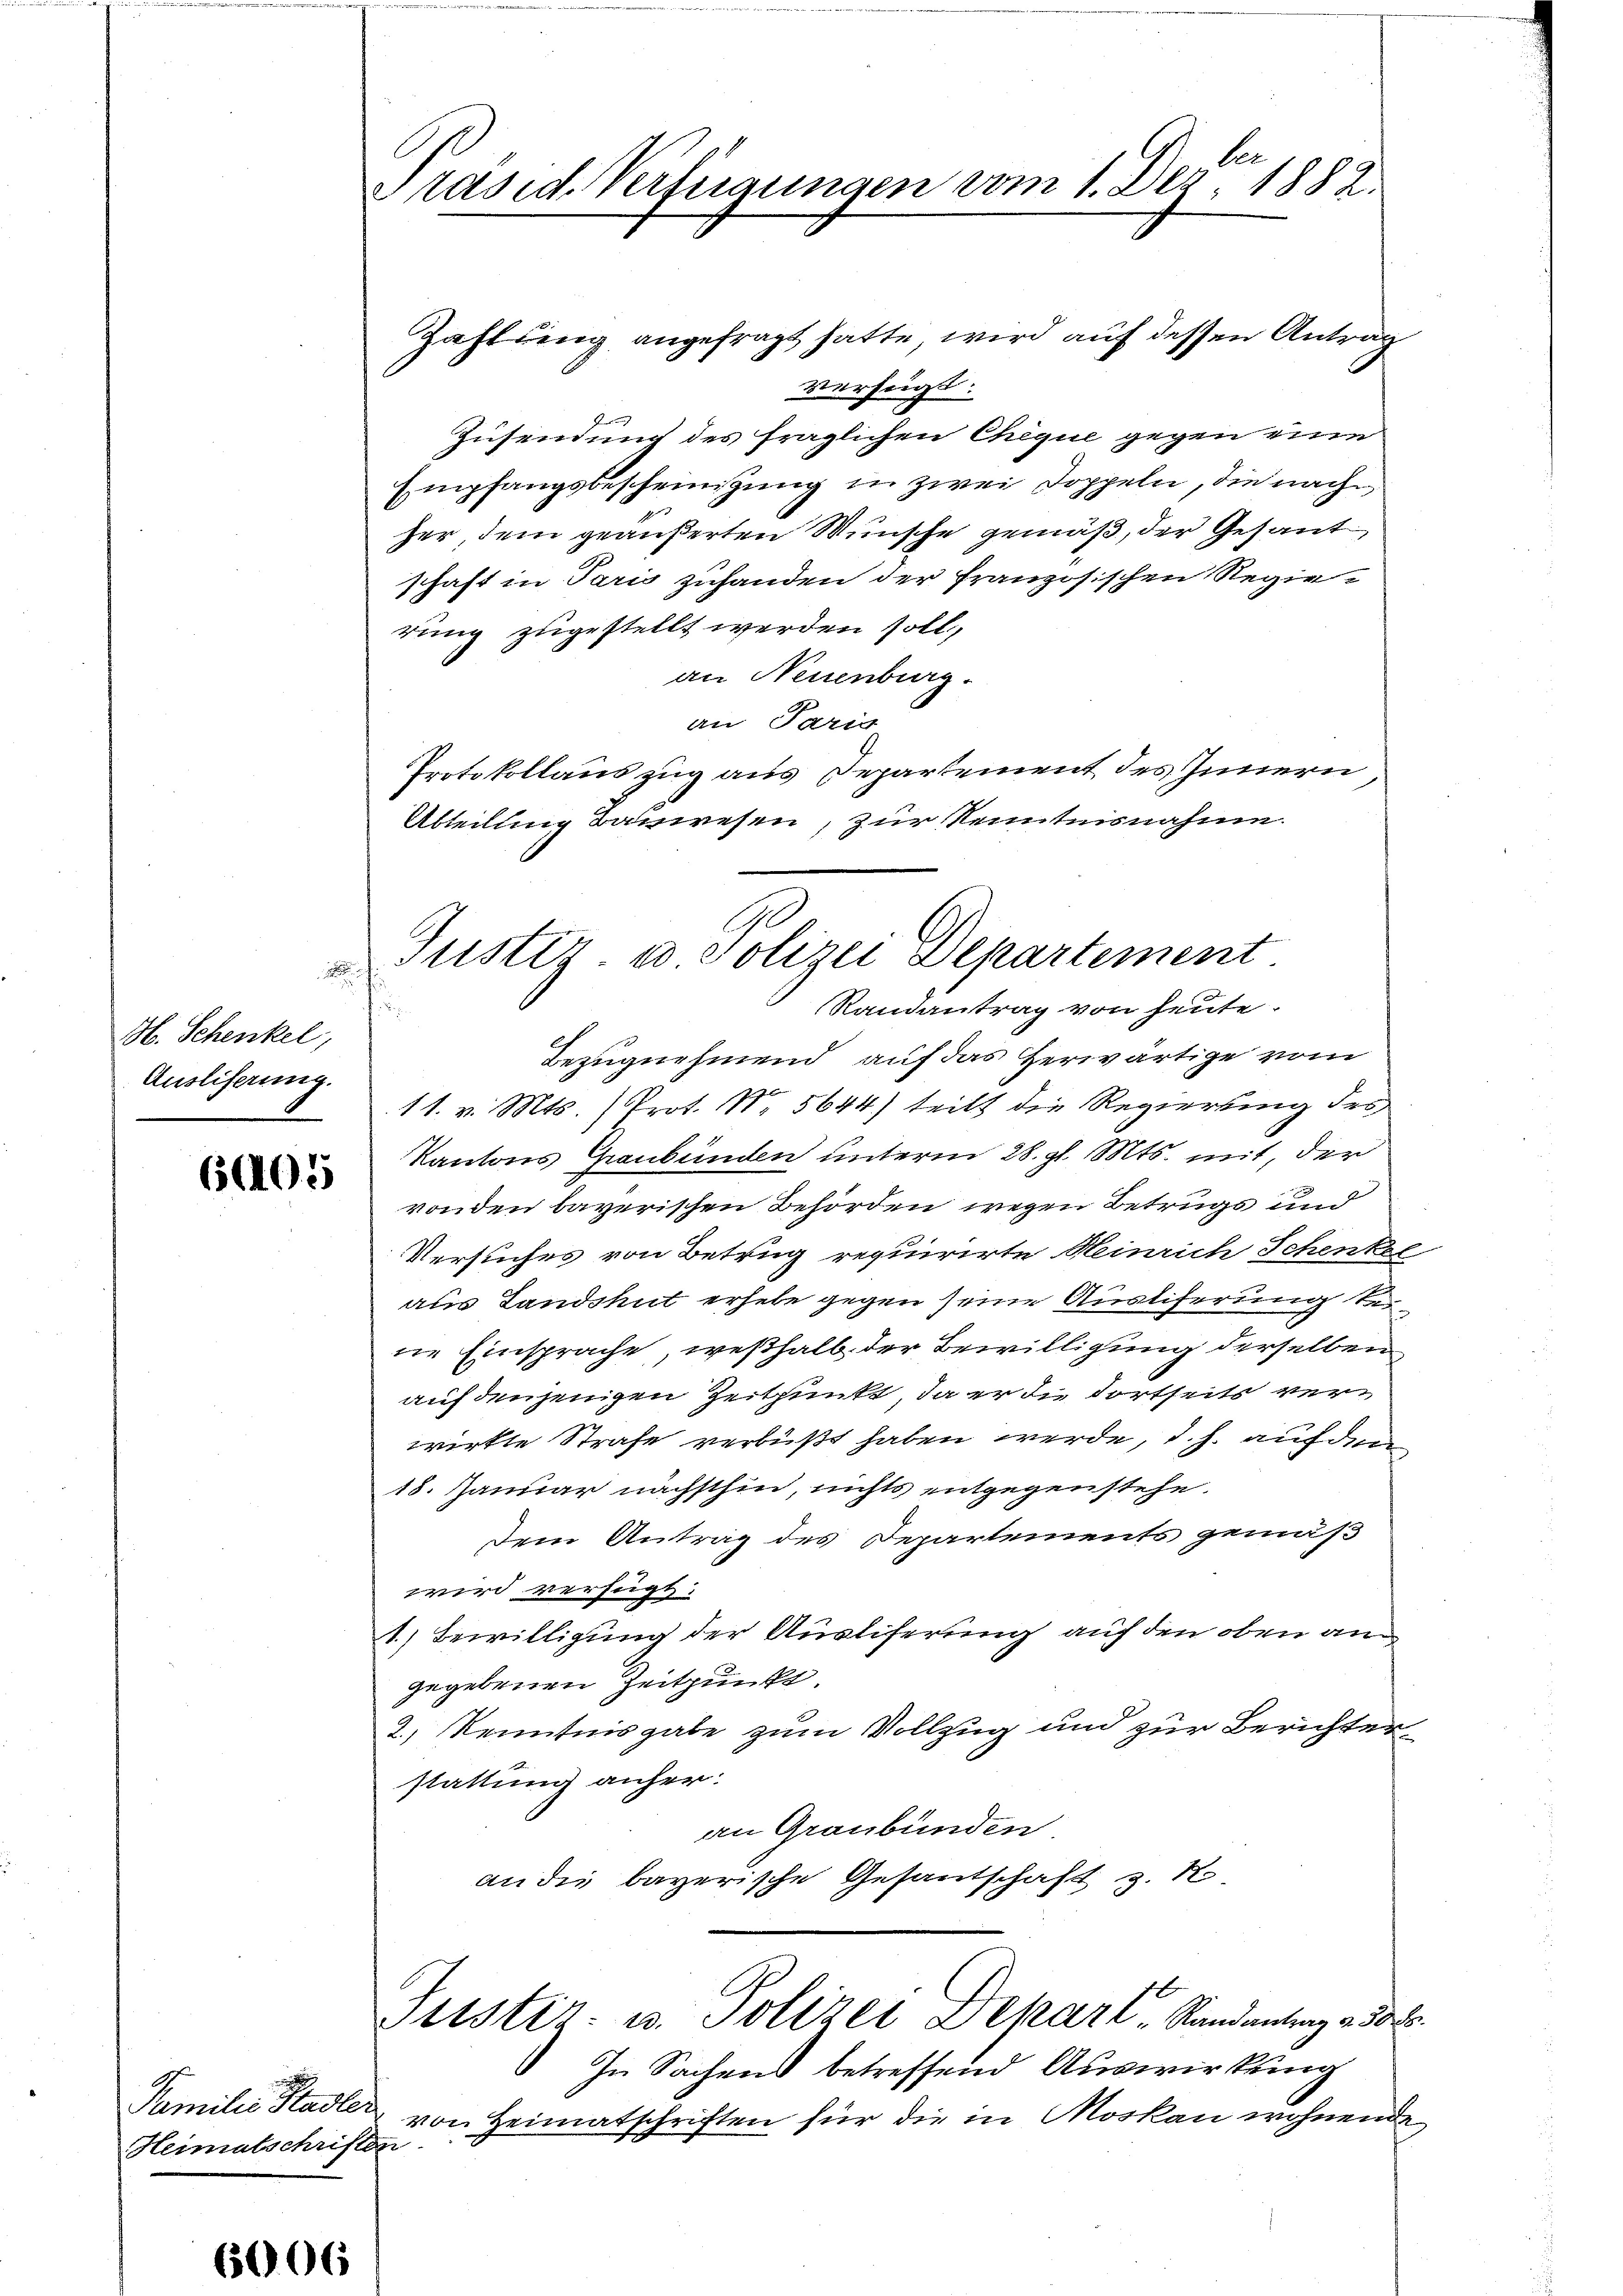
H. Schenkel,
Ausliferung.

6402

Familie Stadler
Heimatschriften

1006

lie
Präsid. Verfügungen vom 1. Dez. 1882.

Zahlung angefragt hatte, wird auf dessen Antrag
verfügt:
Zusendung des fraglichen Chique gegen eine
Empfangsbescheinigung in zwei Doppeln, die nach
her, dem geäußerten Wünsche gemäß, der Gesant
schaft in Paris zuhanden der französischen Regierung zugestellt werden soll,
an Neuenburg.
an Parig
Protokollauszug aus Departement des Innern,
Abteilung Bauwesen, zur Kenntnisnahme.
Randantrag von heute.
.
Bezugnehmend, auf das Herwärtige vom
11. v. Mts. (Prot. N. 5644) teilt die Regierung des
Kantons Graubünden unterm 28. gl. Mts. mit, der
von den bayerischen Behörden wegen Betrugs und
Versuches von Betrug requirirte Heinrich Schenkel
aus Landshut erhebe gegen seine Austiferung steine Einsprache, weßhalb der Bewilligung derselben
auf denjenigen Zeitpunkt, da er die dortseits verwirkte Strafe verbüßt haben werde, d. h. auf den
18. Januar nächsthin, nichts entgegenstehe.
Dem Antrag des Departements gemäß
wird verfügt:
1.) Bewilligung der Ausliferung auf den oben angegebenen Zeitpunkt.
2.) Kenntnisgabe zum Vollzug und zur Berichterstattung anher:
an Graubünden
an die bayerische Gesandschaft z. No
Justiz- u. Polizei Depart, Sandantung 2 5000.
In Sachens betreffend Auswirkung
von Heimatschriften für die in Moskau wohnende

10
Justiz & Polizei Departement